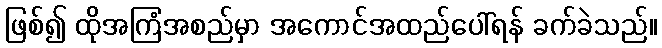
ဖြစ်၍ ထိုအကြံအစည်မှာ အကောင်အထည်ပေါ်ရန် ခက်ခဲသည်။